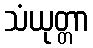
သံယုတ္တာ